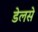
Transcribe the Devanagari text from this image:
डेलसे